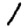
Digit: 1